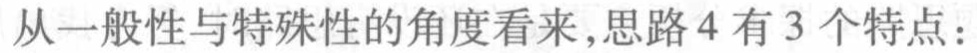
从一般性与特殊性的角度看来,思路 4 有 3 个特点：